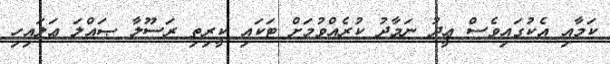
ކަމާއި އެކުގައިވެސް ޢީދު ނަމާދު ކުރެއްވުމަށް ޓަކައި ކީރިތި ރަސޫލާ ޞައްލަ ޢަލައިހި